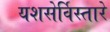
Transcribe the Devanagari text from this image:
यशसेर्विस्तारे